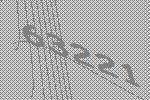
63221